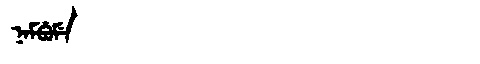
Manchu: ᠨᠠᠮᠪᡠᠮᡝ
Romanization: NAMBUME